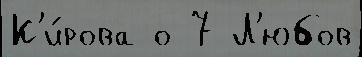
К'и́рова о 7 Л'юбов